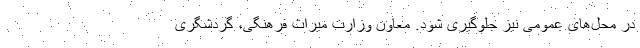
در محل‌های عمومی نیز جلوگیری شود. معاون وزارت میراث فرهنگی، گردشگری